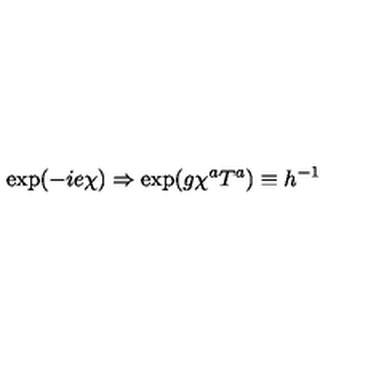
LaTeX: { \exp ( - i e \chi ) \Rightarrow \exp ( g \chi ^ { a } T ^ { a } ) \equiv h ^ { - 1 } }